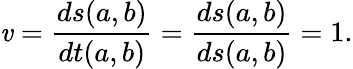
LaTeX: \mathit{v}=\frac{{ds(a,b)}}{{dt(a,b)}}=\frac{{ds(a,b)}}{{ds(a,b)}}=1.